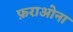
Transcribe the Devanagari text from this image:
फ़राओना